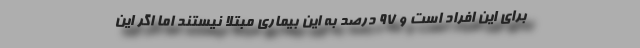
برای این افراد است و 97 درصد به این بیماری مبتلا نیستند اما اگر این